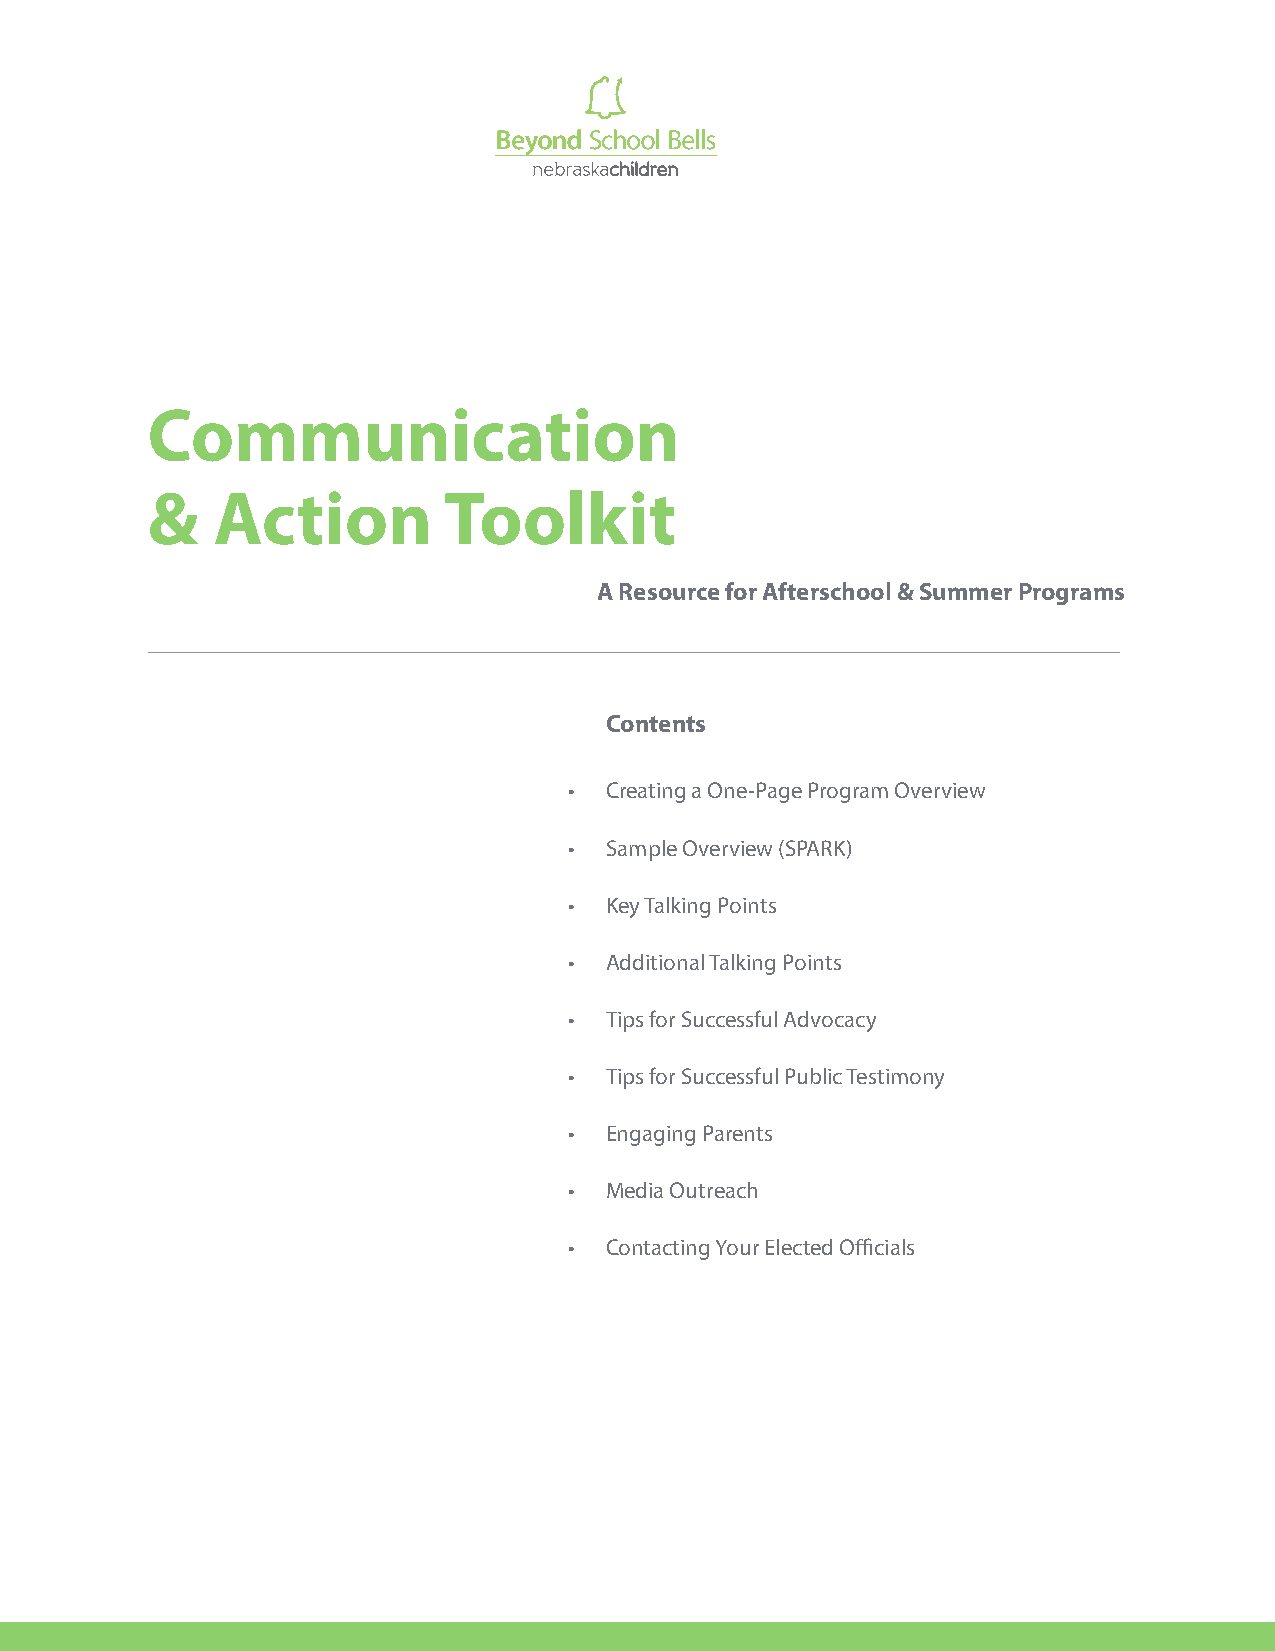
Communication
 &   Action         Toolkit
 A Resource for Afterschool & Summer Programs
 Contents
 • Creating a One-Page Program Overview
 • Sample Overview (SPARK)
 • Key Talking Points
 • Additional Talking Points
 • Tips for Successful Advocacy
 • Tips for Successful Public Testimony
 • Engaging Parents
 • Media Outreach
 • Contacting Your Elected Officials